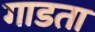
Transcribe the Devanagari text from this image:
गाडता